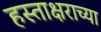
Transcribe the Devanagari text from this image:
हस्ताक्षराच्या